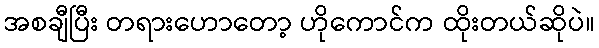
အစချီပြီး တရားဟောတော့ ဟိုကောင်က ထိုးတယ်ဆိုပဲ။